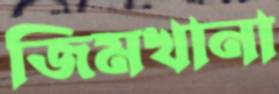
জিমখানা